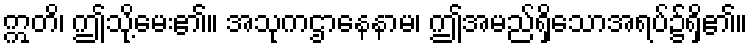
ဣတိ၊ ဤသို့မေး၏။ အသုကဌာနေနာမ၊ ဤအမည်ရှိသောအရပ်၌ရှိ၏။